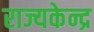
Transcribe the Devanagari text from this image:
राज्यकेन्द्र